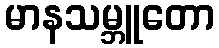
မာနသမ္ဘူတော